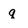
Character: q